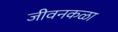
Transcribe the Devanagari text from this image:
जीवनकळा